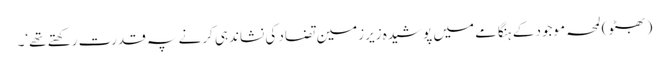
(بھٹو) لمحہ موجود کے ہنگامے میں پوشیدہ زیرزمین تضاد کی نشاندہی کرنے پہ قدرت رکھتے تھے‘۔